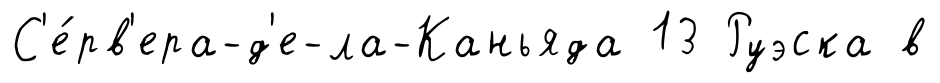
С'е́рв'ера-д'е-ла-Каньяда 13 Руэска в